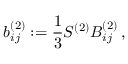
b _ { i j } ^ { ( 2 ) } : = \frac { 1 } { 3 } S ^ { ( 2 ) } B _ { i j } ^ { ( 2 ) } \, ,